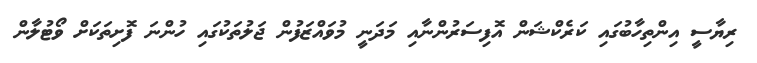
ރިޔާސީ އިންތިހާބުގައި ކަރެކްޝަން އޮފިސަރުންނާއި މަދަނީ މުވައްޒަފުން ޖަލުތަކުގައި ހުންނަ ފޮށިތަކަށް ވޯޓުލާން